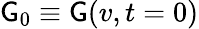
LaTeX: \mathsf{G}_{0}\equiv\mathsf{G}(v,t=0)